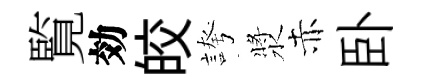
覧効皎誇漿赤卧